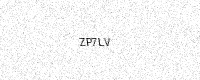
Text: ZP7LV